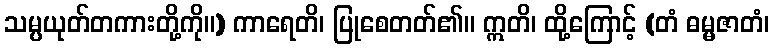
သမ္ပယုတ်တကားတို့ကို။) ကာရေတိ၊ ပြုစေတတ်၏။ ဣတိ၊ ထို့ကြောင့် (တံ ဓမ္မဇာတံ၊